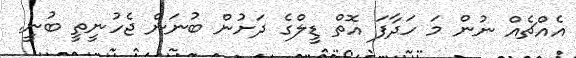
އެއްޗެއް ނުން މަ ހަދާފަ އޮތް ޑީލްގެ ދަށުން ބުނަން ޖެހުނީތީ ބުނީ.